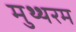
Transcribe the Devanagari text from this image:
मुथ्थरम